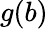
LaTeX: g(b)